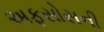
અફસોસની